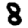
Digit: 8